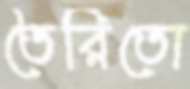
তৈরিতো